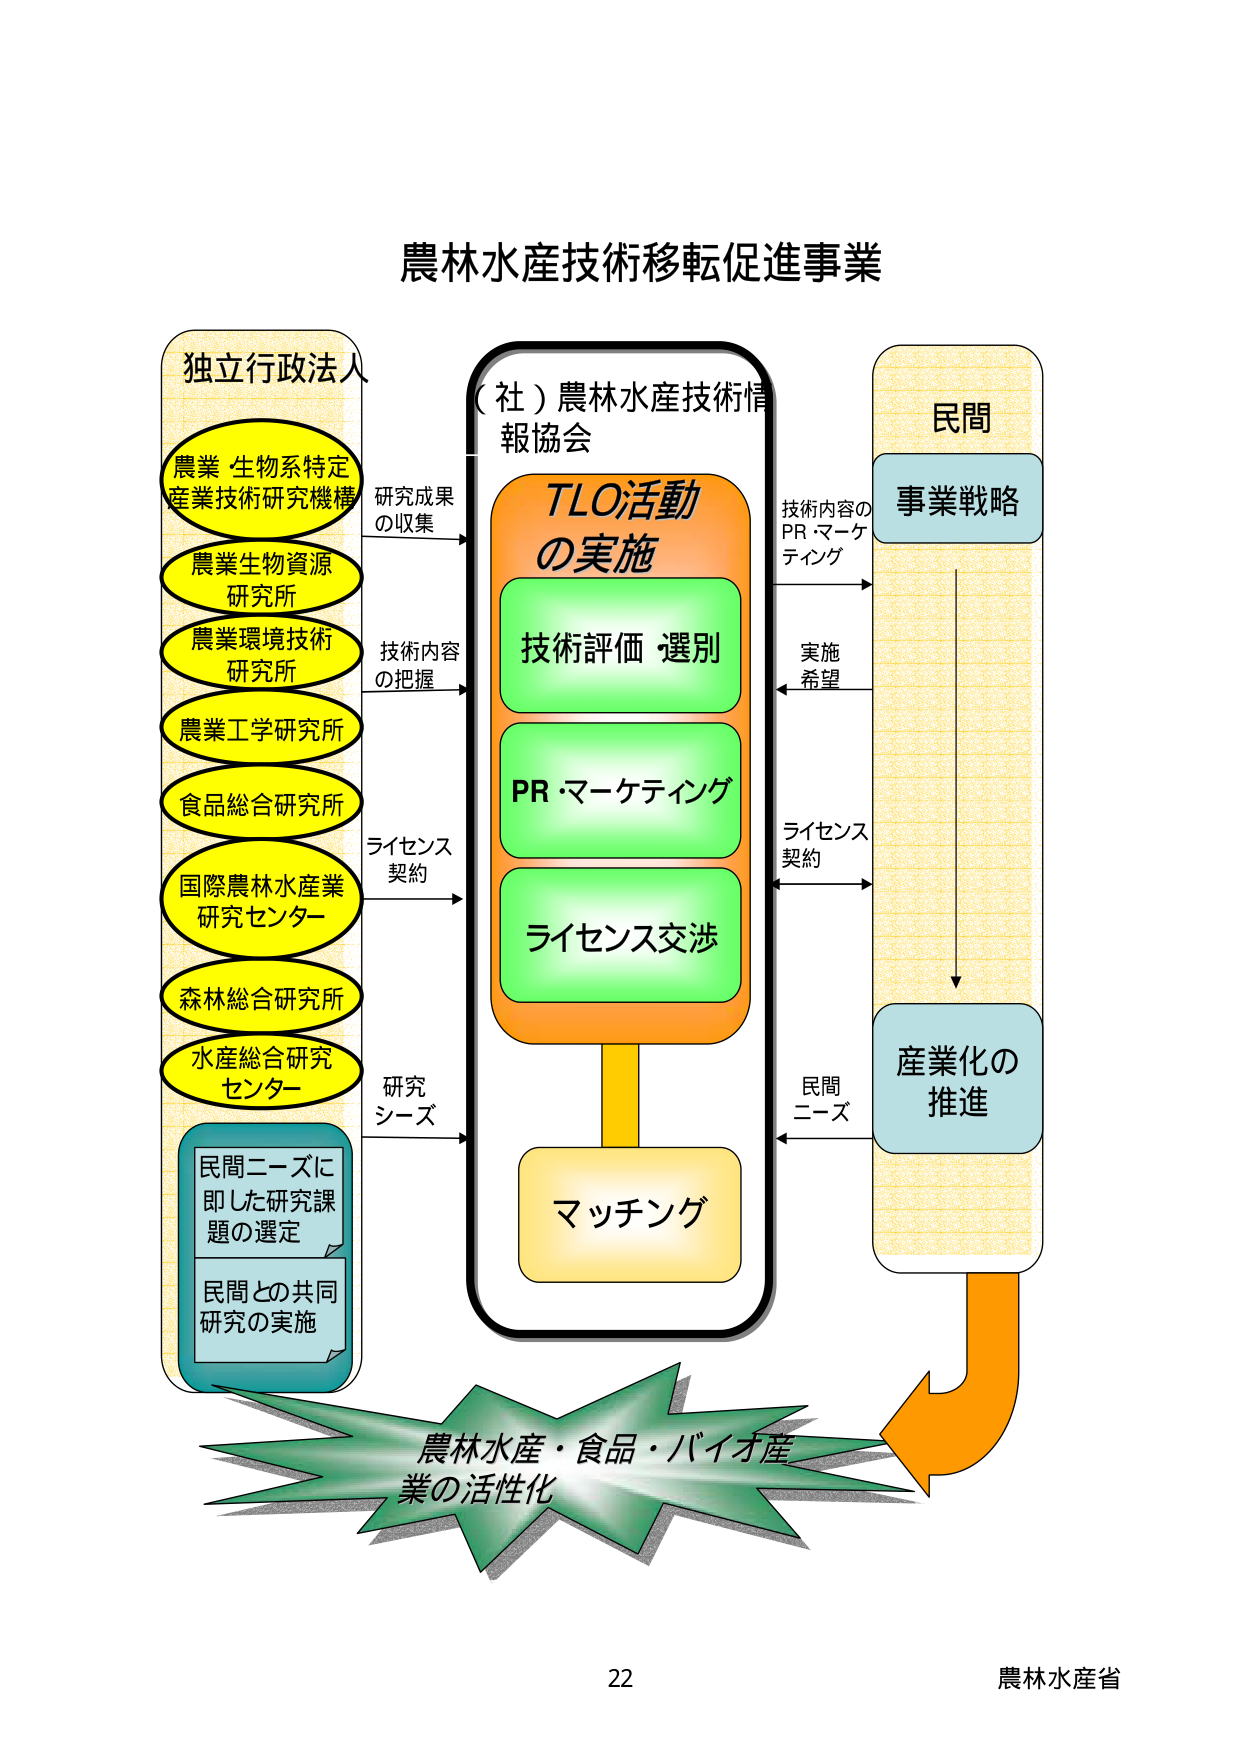
農林水産技術移転促進事業

独立行政法人
農業 生物系特定
産業技術研究機構
農業生物資源
研究所
農業環境技術
研究所
農業工学研究所
食品総合研究所
国際農林水産業
研究センター
森林総合研究所
水産総合研究
センター
民間ニーズに
即した研究課
題の選定
民間との共同
研究の実施

研究成果
の収集
技術内容
の把握
ライセンス
契約
研究
シーズ

（社）農林水産技術情
報協会
TLO活動
の実施
技術評価 選別
PR・マーケティング
ライセンス交渉
マッチング

技術内容の
PR・マーケティング
実施
希望
ライセンス
契約
民間
ニーズ

民間
事業戦略
産業化の
推進

農林水産・食品・バイオ産
業の活性化

22
農林水産省